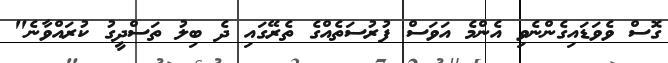
ގޮސް ވެވަޑައިގެންނެވި އެންމެ އަވަސް ފުރުސަތެއްގެ ތެރޭގައި ދެ ބިލު ތަސްދީގު ކުރައްވާނެ"